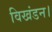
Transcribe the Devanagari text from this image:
विखंडन।